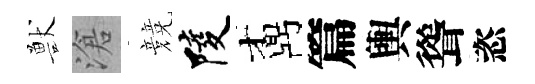
獸滄競陵鼒篇輿聳恣